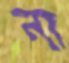
না